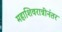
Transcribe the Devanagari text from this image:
महाशिवरात्रीनंतर